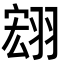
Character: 翝